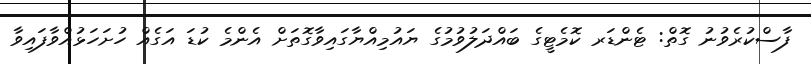
ފާސްކުރެވުނު ގޮތް: ޓެންޑަރ ކޮމެޓީގެ ބައްދަލުވުމުގެ ޔައުމިއްޔާގައިވާގޮތަށް އެންމެ ކުޑަ އަގެއް ހުށަހަޅުއްވާފައިވާ